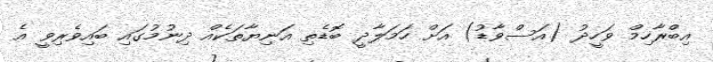
އިބްރާހިމް ވަހީދު (އަސްވާޑު) އަށް ހަމަލާދީ ބޮޑެތި އަނިޔާތަކެއް ދިނުމުގައި ބައިވެރިވީ އެ